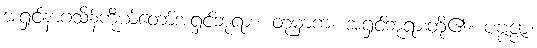
အရှင်နာဂသိန်ကိုယ်တော်အရှင်ဘုရား။ တုမှာကံ၊ အရှင်ဘုရားတို့၏။ ပဗ္ဗဇ္ဇာ၊